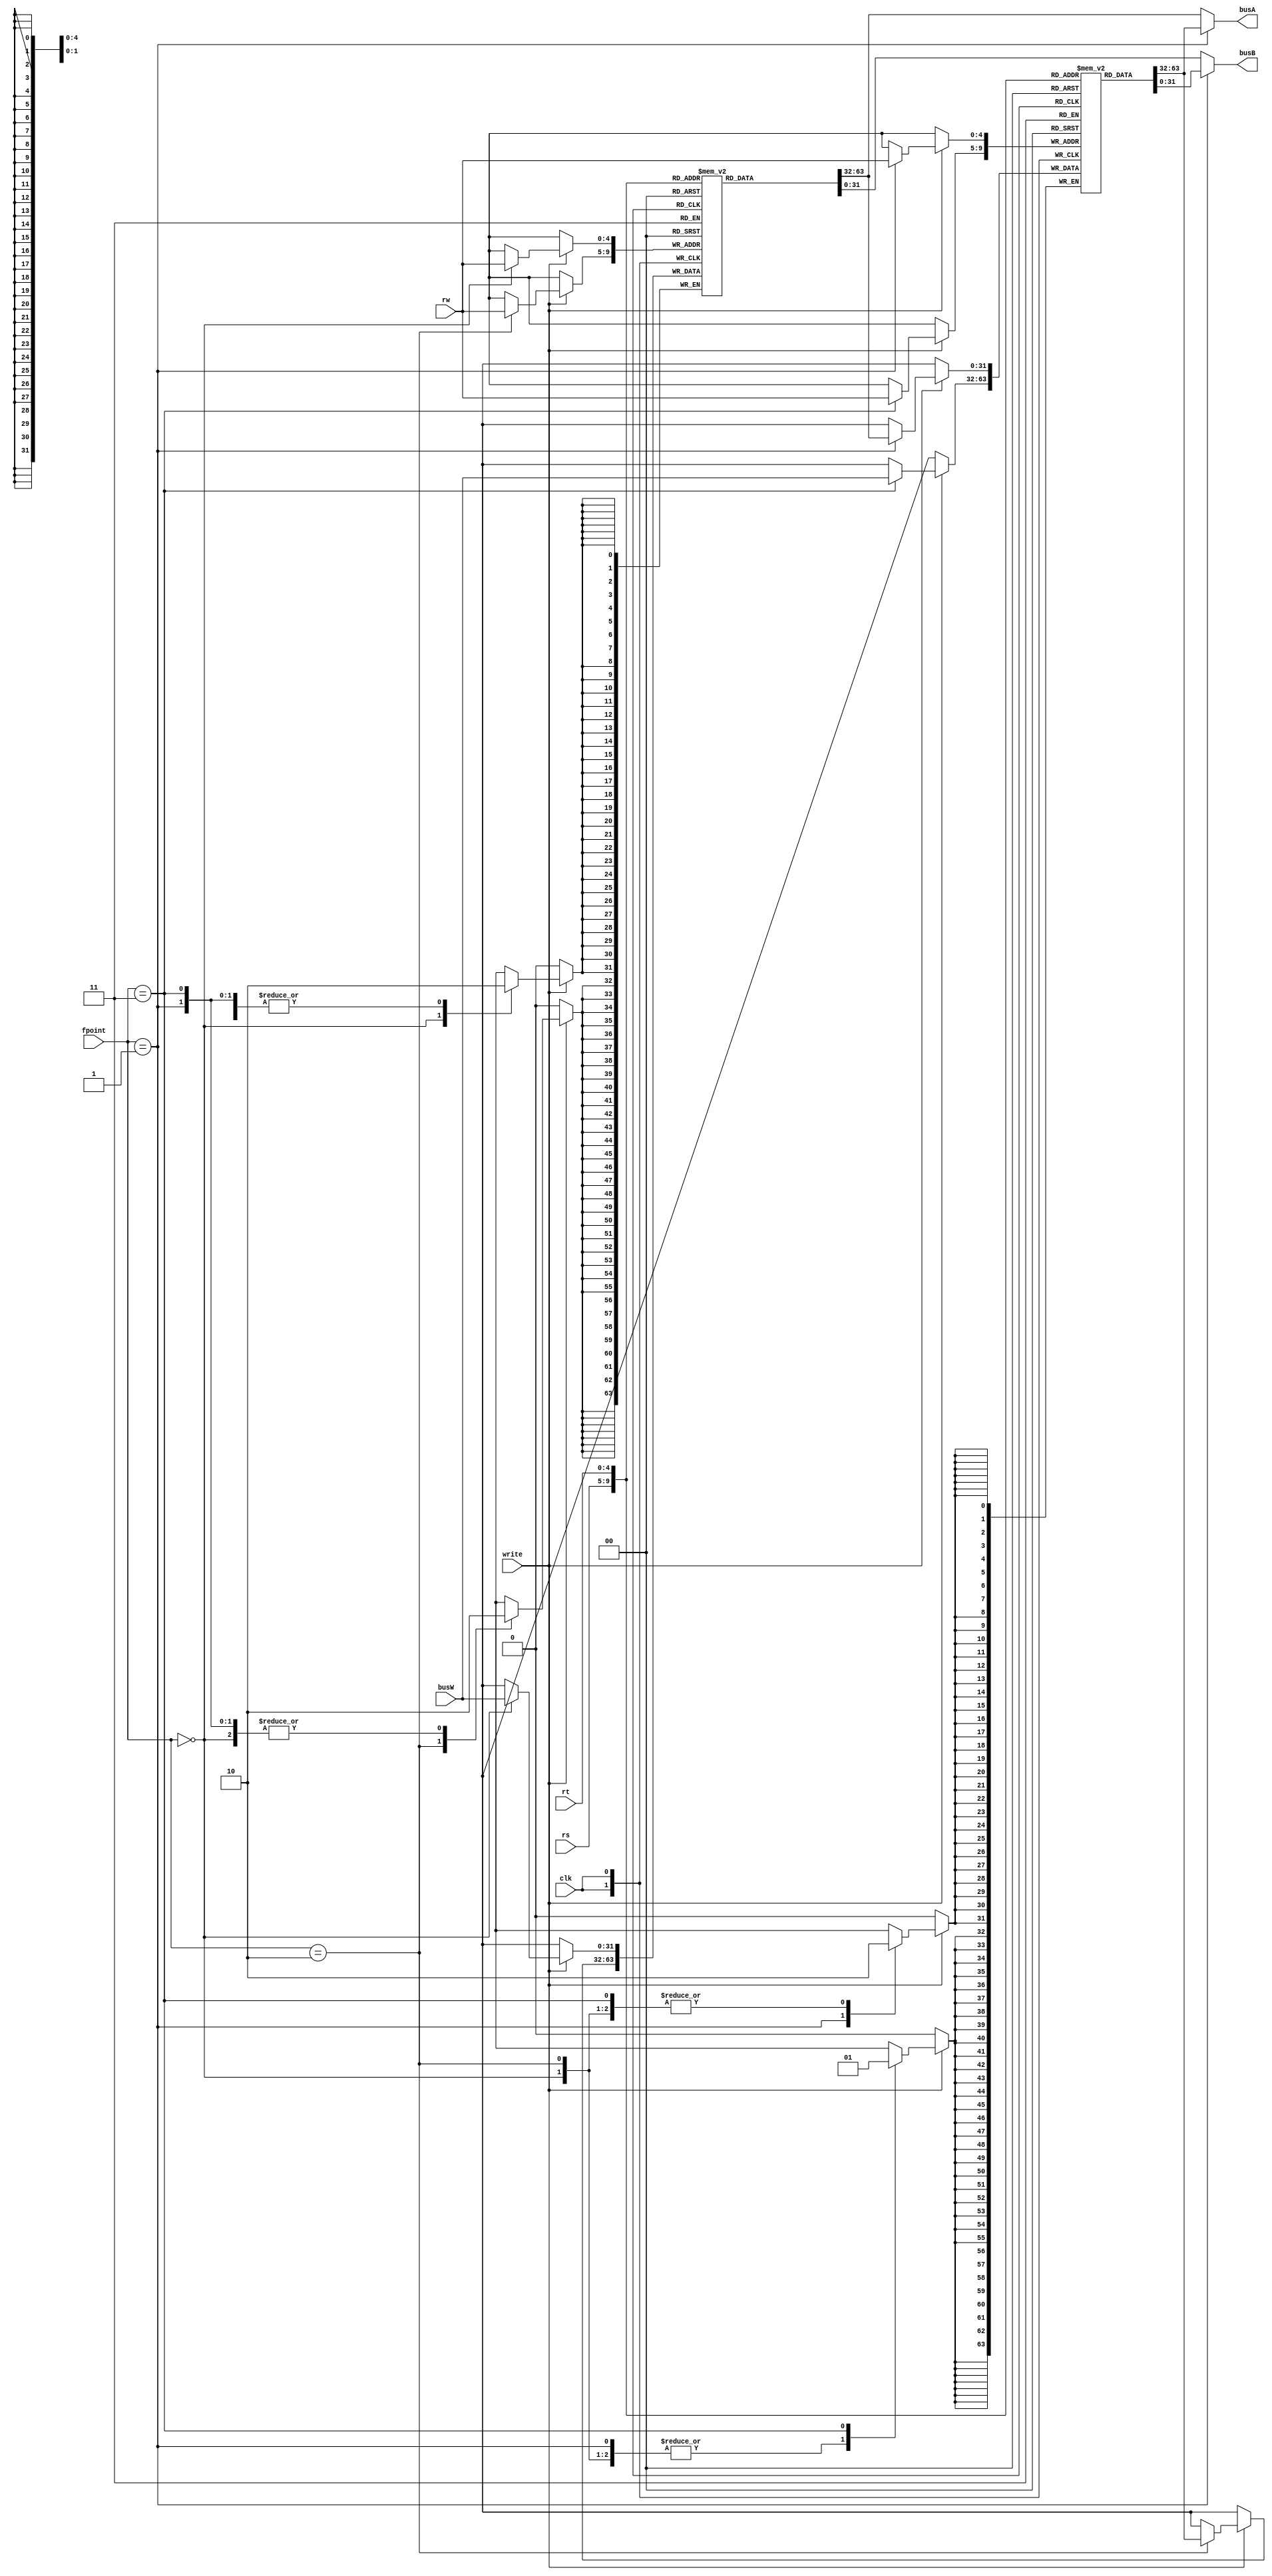
module registers(clk, write, fpoint, rw, rs, rt, busW, busA, busB);
	input clk, write;
	input [1:0] fpoint;
	input [4:0] rw, rs, rt;
	input [31:0] busW;
	output [31:0] busA, busB;
		
	reg [31:0] intregs [31:0];
	reg [31:0] fpregs [31:0];
	
	assign busA = fpoint == 1 ? fpregs[rs] : intregs[rs];
	assign busB = fpoint == 1 ? fpregs[rt] : intregs[rt];

	genvar i;
	generate
		for (i = 0; i < 32; i = i + 1) begin: intinitial
		initial begin
			intregs[i] <= 0;
		end
		end
		for (i = 0; i < 32; i = i + 1) begin: fpinitial
		initial begin
			fpregs[i] <= 0;
		end
		end	
	endgenerate

	always @(posedge clk)
	begin
	if (write)
		case (fpoint)
		0 : intregs[rw] <= busW;
		1 : fpregs[rw] <= intregs[rs];
		2 : intregs[rw] <= fpregs[rs];
		3 : fpregs[rw] <= busW;
		endcase
	end

endmodule